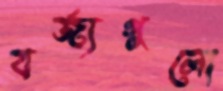
বর্জ্যগুলো